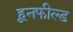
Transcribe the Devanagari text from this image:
हूनफील्ड